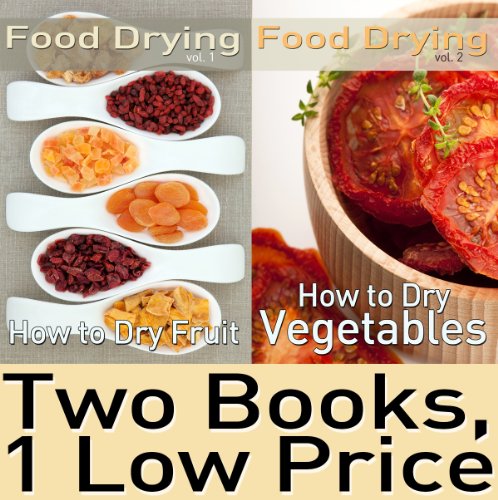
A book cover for Food Dehydrating Book Package: Food Drying vol. 1 & 2: How to Dry Fruit & How to Dry Vegetables; Cookbooks, Food & Wine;